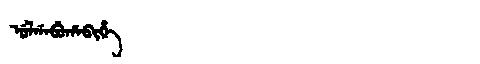
Manchu: ᡠᠯᡤᠠᠪᡠᡥᠠᠪᡳᡥᡝ
Romanization: ULGABUHABIHE